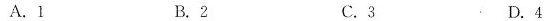
A.1 B.2 C.3 D.4